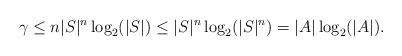
LaTeX: \begin{align*}\gamma\leq n|S|^{n}\log_2(|S|)\leq |S|^{n}\log_2(|S|^n)=|A|\log_2(|A|).\end{align*}